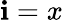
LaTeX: \mathbf{i}=x